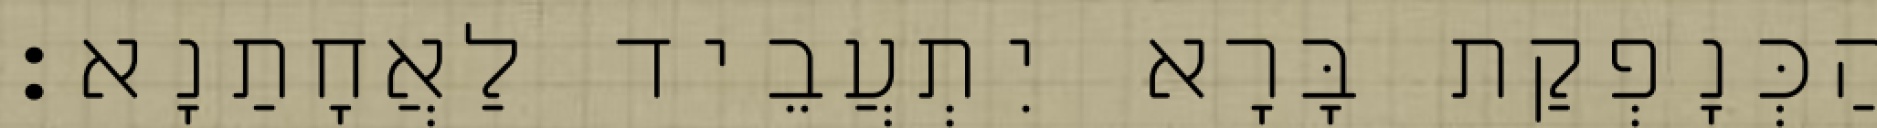
הַכְּנָפְקַת בָּרָא יִתְעֲבֵיד לַאֲחָתַנָא׃